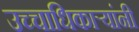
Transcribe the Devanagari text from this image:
उच्चाधिकाऱ्यांनी